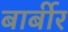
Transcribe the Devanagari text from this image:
बार्बीर